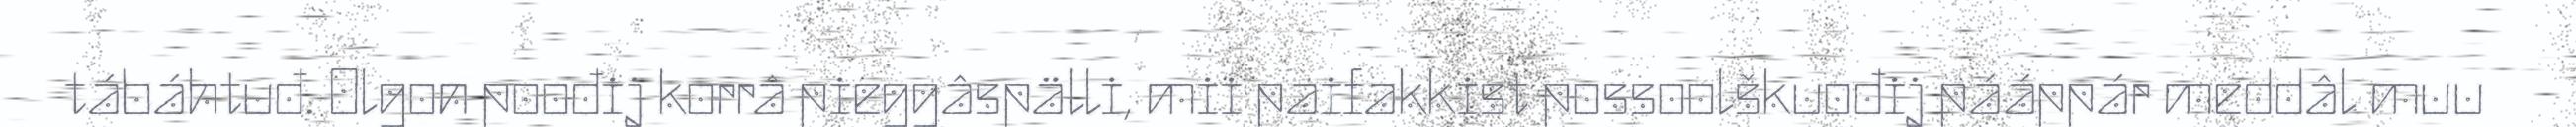
tábáhtuđ. Olgon poođij korrâ pieggâspälli, mii paifakkist possoolškuođij pááppár meddâl muu